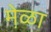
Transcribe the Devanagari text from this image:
मे़ळा